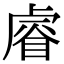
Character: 𥈠